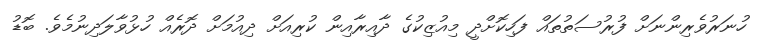
ހުނަރުވެރިންނަށް ފުރުސަތުތައް ފަހިކޮށްދީ މިއުޒިކުގެ ދާއިރާއިން ކުރިއަށް ދިއުމަށް ދޮރެއް ހުޅުވާލަދިނުމެވެ. ބޮޑު